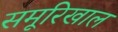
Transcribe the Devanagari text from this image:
समूरिखाल